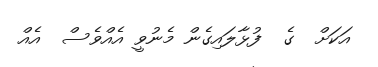
އަކަށް  ގެ  ފުޅާލައިގެން މެނުވީ އެއްވެސް  އެއް